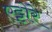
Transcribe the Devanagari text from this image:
एट्टोरे